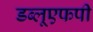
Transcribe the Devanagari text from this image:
डब्लूएफपी